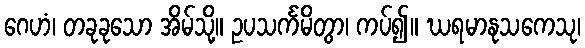
ဂေဟံ၊ တခုခုသော အိမ်သို့။ ဥပသင်္ကမိတွာ၊ ကပ်၍။ ဃရမာနုသကေသု၊